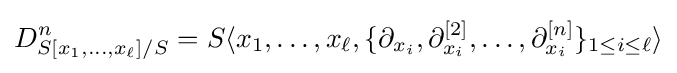
D_{S[x_{1},\dots ,x_{\ell }]/S}^{n}=S\langle x_{1},\dots ,x_{\ell },\{\partial _{x_{i}},\partial _{x_{i}}^{[2]},\dots ,\partial _{x_{i}}^{[n]}\}_{1\leq i\leq \ell }\rangle